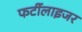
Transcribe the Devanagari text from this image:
फर्टीलाइजर